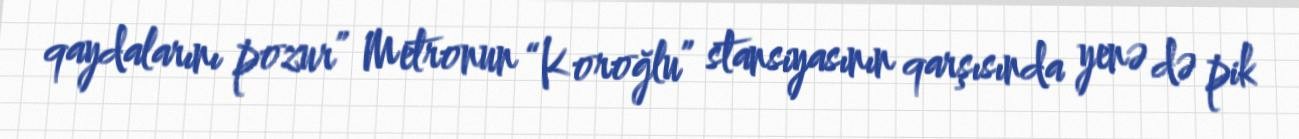
qaydalarını pozur” Metronun “Koroğlu” stansiyasının qarşısında yenə də pik